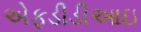
એફડીડીઆઇ